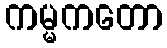
ကမ္မကတော